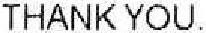
THANK YOU.